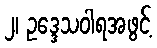
၂၊ ဥဒ္ဒေသဝါရအဖွင့်